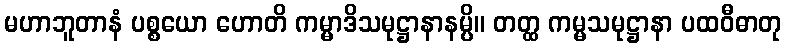
မဟာဘူတာနံ ပစ္စယော ဟောတိ ကမ္မာဒိသမုဋ္ဌာနာနမ္ပိ။ တတ္ထ ကမ္မသမုဋ္ဌာနာ ပထဝီဓာတု